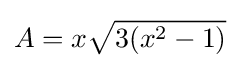
A=x{\sqrt {3(x^{2}-1)}}